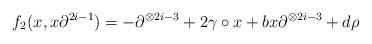
LaTeX: \begin{align*} f_2 (x, x \partial^{2i-1}) = - \partial^{\otimes 2i-3} + 2 \gamma \circ x + b x \partial^{\otimes 2i-3} + d\rho \end{align*}